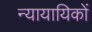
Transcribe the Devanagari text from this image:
न्यायायिकों